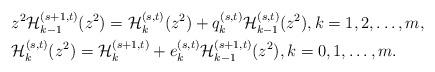
LaTeX: \begin{align*}&z^2{\cal H}_{k-1}^{(s+1,t)}(z^2)={\cal H}_{k}^{(s,t)}(z^2)+q_{k}^{(s,t)}{\cal H}_{k-1}^{(s,t)}(z^2),k=1,2,\dots,m,\\&{\cal H}_k^{(s,t)}(z^2)={\cal H}_{k}^{(s+1,t)}+e_k^{(s,t)}{\cal H}_{k-1}^{(s+1,t)}(z^2),k=0,1,\dots,m.\end{align*}